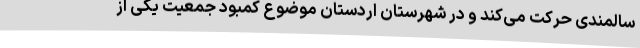
سالمندی حرکت می‌کند و در شهرستان اردستان موضوع کمبود جمعیت یکی از